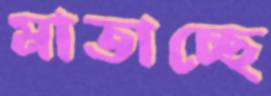
মাতাচ্ছে